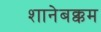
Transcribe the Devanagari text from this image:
शानेबक्कम